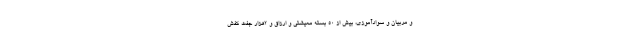
و مربیان و سوادآموزی، بیش از ۵۰ بسته معیشتی و ارزاق و ۲هزار جفت کفش